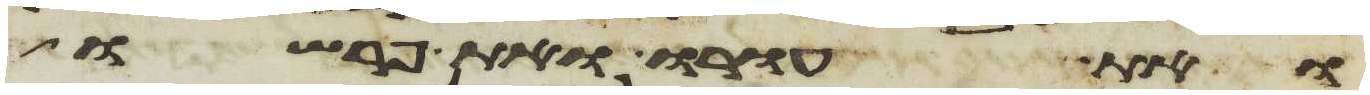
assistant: ואת עורו ואת פרשו